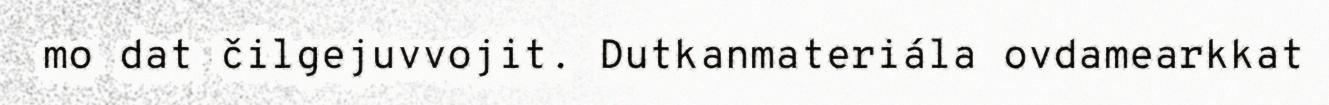
mo dat čilgejuvvojit. Dutkanmateriála ovdamearkkat